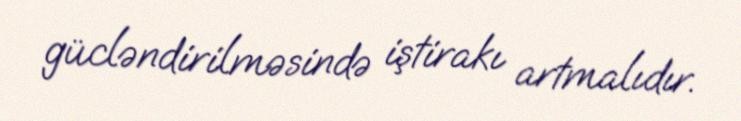
gücləndirilməsində iştirakı artmalıdır.